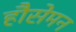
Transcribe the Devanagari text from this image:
हौसेमन